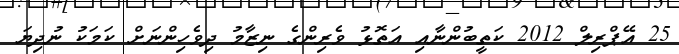
25 އޭޕްރިލް 2012 ކަތީބުންނާއި އަތޮޅު ވެރިންގެ ނިޒާމު ދިވެހިންނަށް ކަމަކު ނުދިޔަ